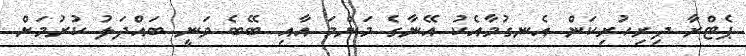
ޕެޓްރާ ދިރިހުރިކަން އެނގުމާއެކު އޭނާގެ މަންމަ އާއި ބޭބެ ވަނީ ބައްދަލު ކުރުމަށް